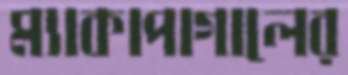
ম্যাকাপাগালের